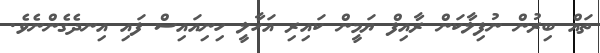
ތައް ބިރުން ނުފިލާކަން ރާއިފް ޔަމީން ކައިރި އަހާލީ ހިނިއައިސް ފައި އިނދެގެންނެވެ.